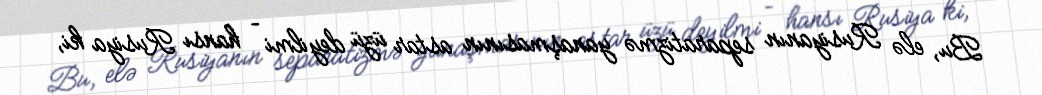
Bu, elə Rusiyanın separatizmə yanaşmasının astar üzü deyilmi – hansı Rusiya ki,